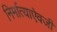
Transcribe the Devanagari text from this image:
निर्मात्याऐवजी